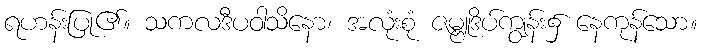
ရဟန်းပြု၏။ သကလဒီပဝါသိနော၊ အလုံးစုံ ဇမ္ဗူဒိပ်ကျွန်း၌ နေကုန်သော။